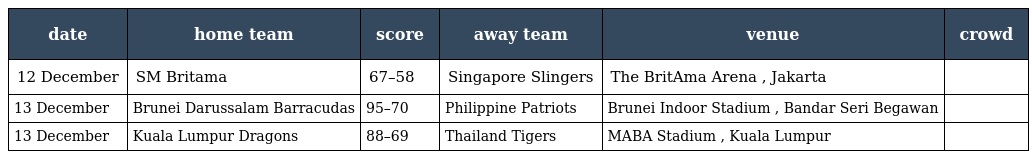
| date | home team | score | away team | venue | crowd |
 | --- | --- | --- | --- | --- | --- |
 | 12 December | SM Britama | 67–58 | Singapore Slingers | The BritAma Arena , Jakarta |  |
 | 13 December | Brunei Darussalam Barracudas | 95–70 | Philippine Patriots | Brunei Indoor Stadium , Bandar Seri Begawan |  |
 | 13 December | Kuala Lumpur Dragons | 88–69 | Thailand Tigers | MABA Stadium , Kuala Lumpur |  |